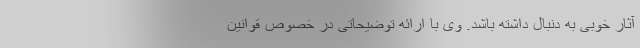
آثار خوبی به دنبال داشته باشد. وی با ارائه توضیحاتی در خصوص قوانین